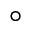
^ { \circ }